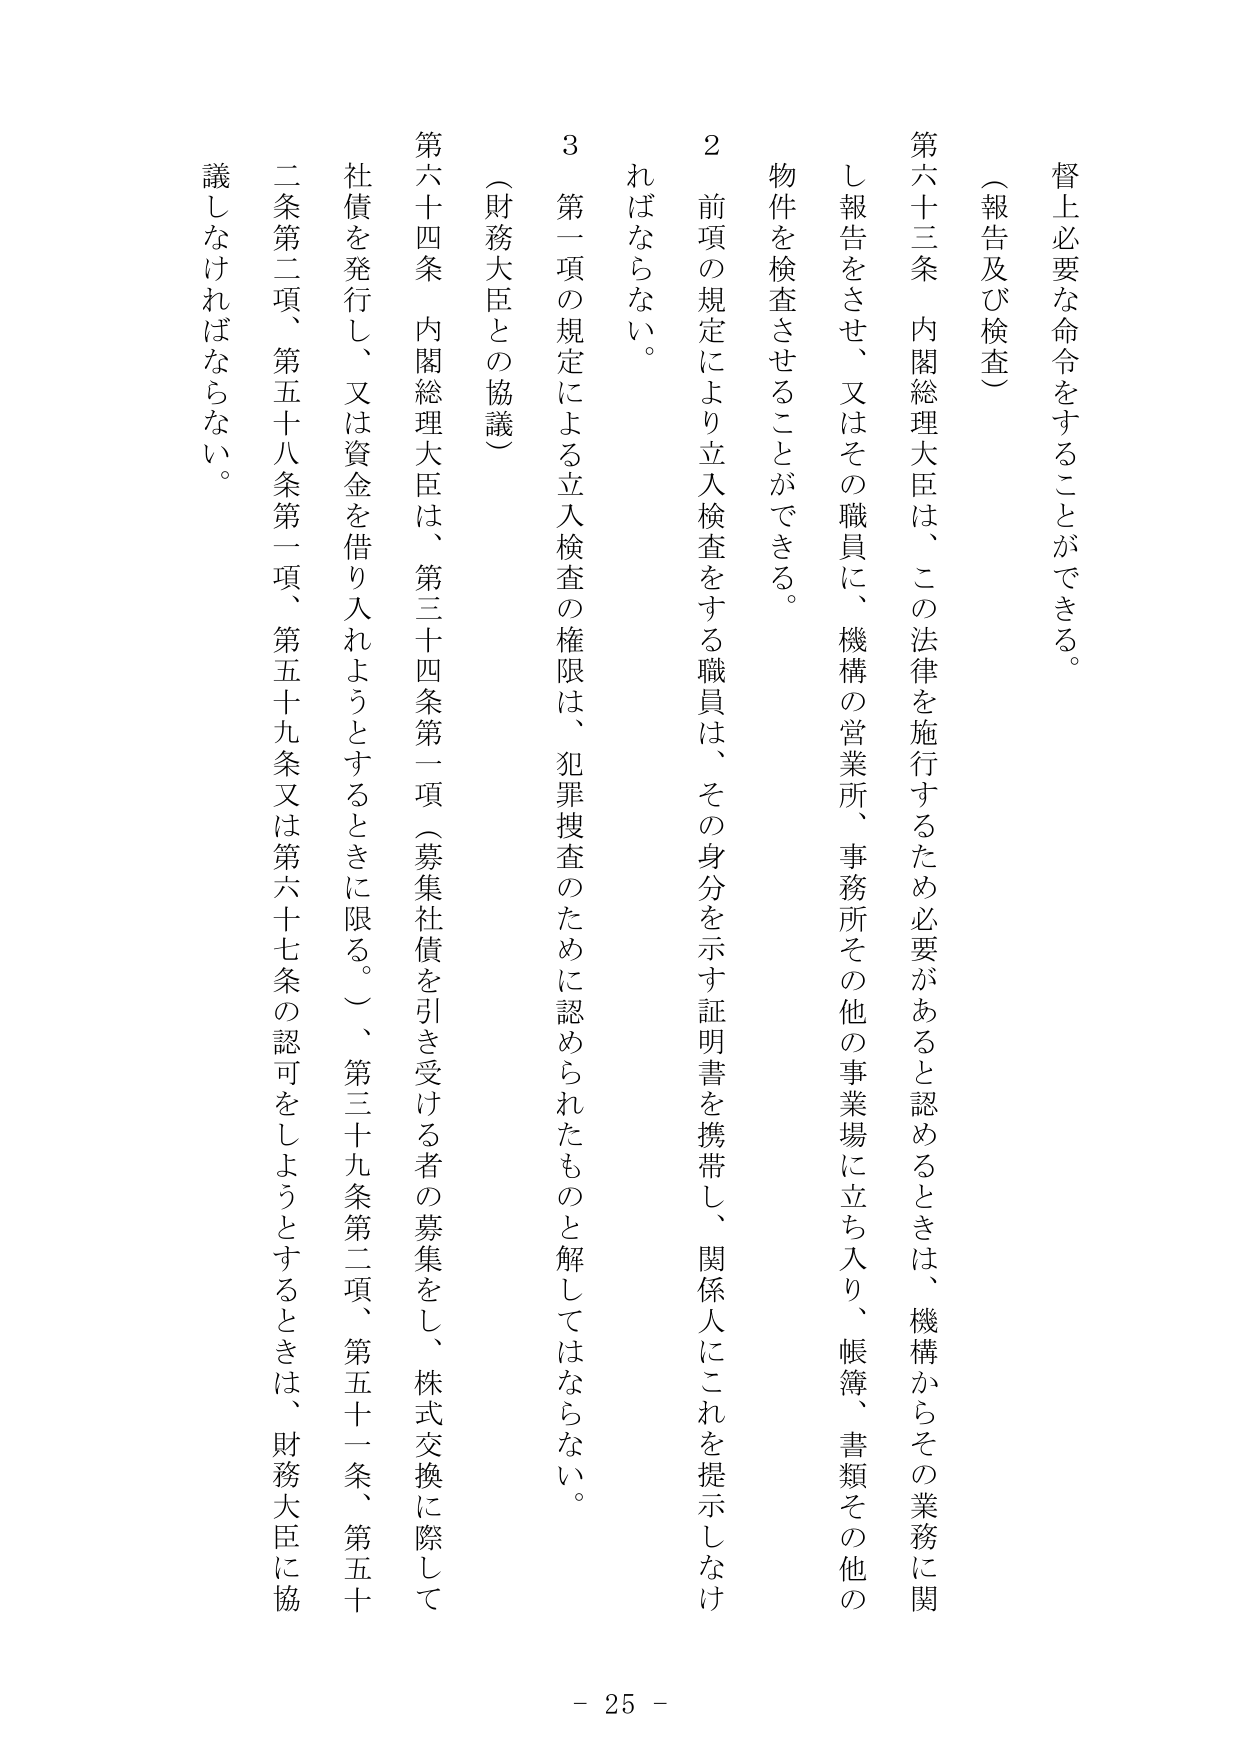
督上必要な命令をすることができる。

（報告及び検査）

第六十三条　内閣総理大臣は、この法律を施行するため必要があると認めるときは、機構からその業務に関し報告をさせ、又はその職員に、機構の営業所、事務所その他の事業場に立ち入り、帳簿、書類その他の物件を検査させることができる。

２　前項の規定により立入検査をする職員は、その身分を示す証明書を携帯し、関係人にこれを提示しなければならない。

３　第一項の規定による立入検査の権限は、犯罪捜査のために認められたものと解してはならない。

（財務大臣との協議）

第六十四条　内閣総理大臣は、第三十四条第一項（募集社債を引き受ける者の募集をし、株式交換に際して社債を発行し、又は資金を借り入れようとするときに限る。）、第三十九条第二項、第五十一条、第五十二条第二項、第五十八条第一項、第五十九条又は第六十七条の認可をしようとするときは、財務大臣に協議しなければならない。

- 25 -